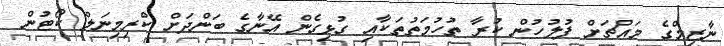
ނާޒިމްގެ މައްޗަށް ފުލުހުން ކުރާ ތުހުމަތުތަކާއި ގުޅިގެން އޭނާގެ ބަންދަށް ކްރިމިނަލް ކޯޓުން